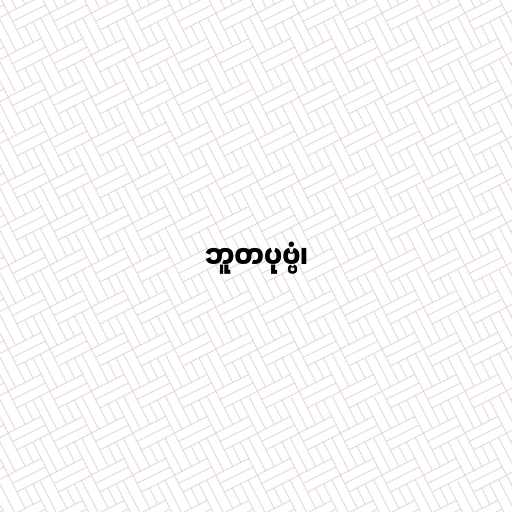
ဘူတပုဗ္ဗံ၊